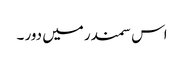
اس سمندر میں دور ۔